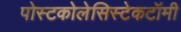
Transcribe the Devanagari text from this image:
पोस्टकोलेसिस्टेकटॉमी